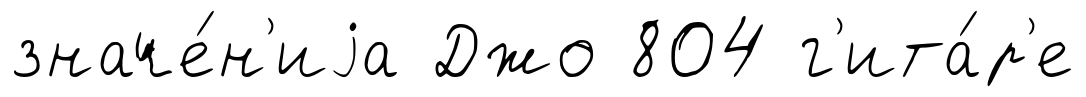
значе́н'иjа Джо 804 г'ита́р'е